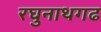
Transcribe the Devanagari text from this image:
रघुनाथगढ